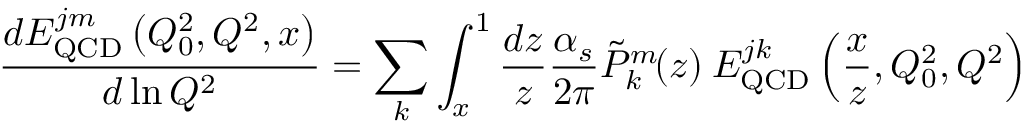
\frac { d E _ { \mathrm { Q C D } } ^ { j m } \left( Q _ { 0 } ^ { 2 } , Q ^ { 2 } , x \right) } { d \ln Q ^ { 2 } } = \sum _ { k } \int _ { x } ^ { 1 } \frac { d z } { z } \frac { \alpha _ { s } } { 2 \pi } \tilde { P } _ { k } ^ { m } \! ( z ) \: E _ { \mathrm { Q C D } } ^ { j k } \left( \frac { x } { z } , Q _ { 0 } ^ { 2 } , Q ^ { 2 } \right)